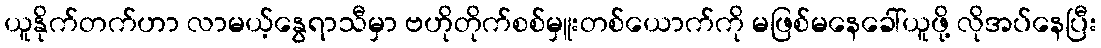
ယူနိုက်တက်ဟာ လာမယ့်နွေရာသီမှာ ဗဟိုတိုက်စစ်မှူးတစ်ယောက်ကို မဖြစ်မနေခေါ်ယူဖို့ လိုအပ်နေပြီး